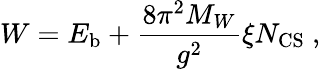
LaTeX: W=E_{\mathrm{b}}+\frac{8\pi^{2}M_{W}}{g^{2}}\xi N_{\mathrm{CS}}\ ,